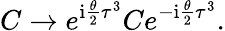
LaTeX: C\rightarrow e^{\mathrm{i}{\frac{\theta}{2}}\tau^{3}}Ce^{-\mathrm{i}{\frac{\theta}{2}}\tau^{3}}.